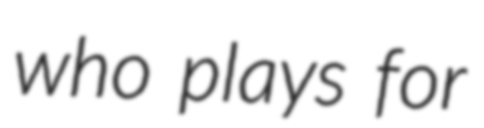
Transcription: who plays for